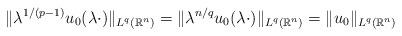
LaTeX: \begin{align*}\|\lambda^{1/(p-1)} u_0(\lambda \cdot)\|_{L^q(\mathbb R^n)}= \|\lambda^{n/q} u_0(\lambda \cdot)\|_{L^q(\mathbb R^n)}= \|u_0 \|_{L^q(\mathbb R^n)}\end{align*}